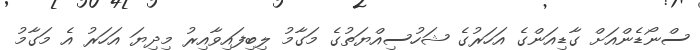
ސްނޯޑެންއަށް ގާޑިއަންގެ އަހަރުގެ ޝަހުސިއްޔަތުގެ މަގާމު ލިބިފައިވާއިރު މިދިޔަ އަހަރު އެ މަގާމު